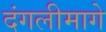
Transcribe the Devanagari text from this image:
दंगलीमागे